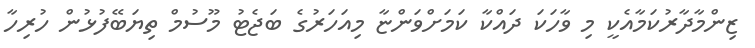
ޒިންމާދާރުކަމާއެކީ މި ވާހަކަ ދައްކާ ކަމަށްވަންޏާ މިއަހަރުގެ ބަޖެޓު މޫސުމް ތިޔަބޭފުޅުން ހުރިހާ